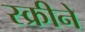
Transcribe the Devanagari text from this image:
स्क्रीने